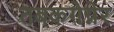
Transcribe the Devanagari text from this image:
तबकगेग्नेर